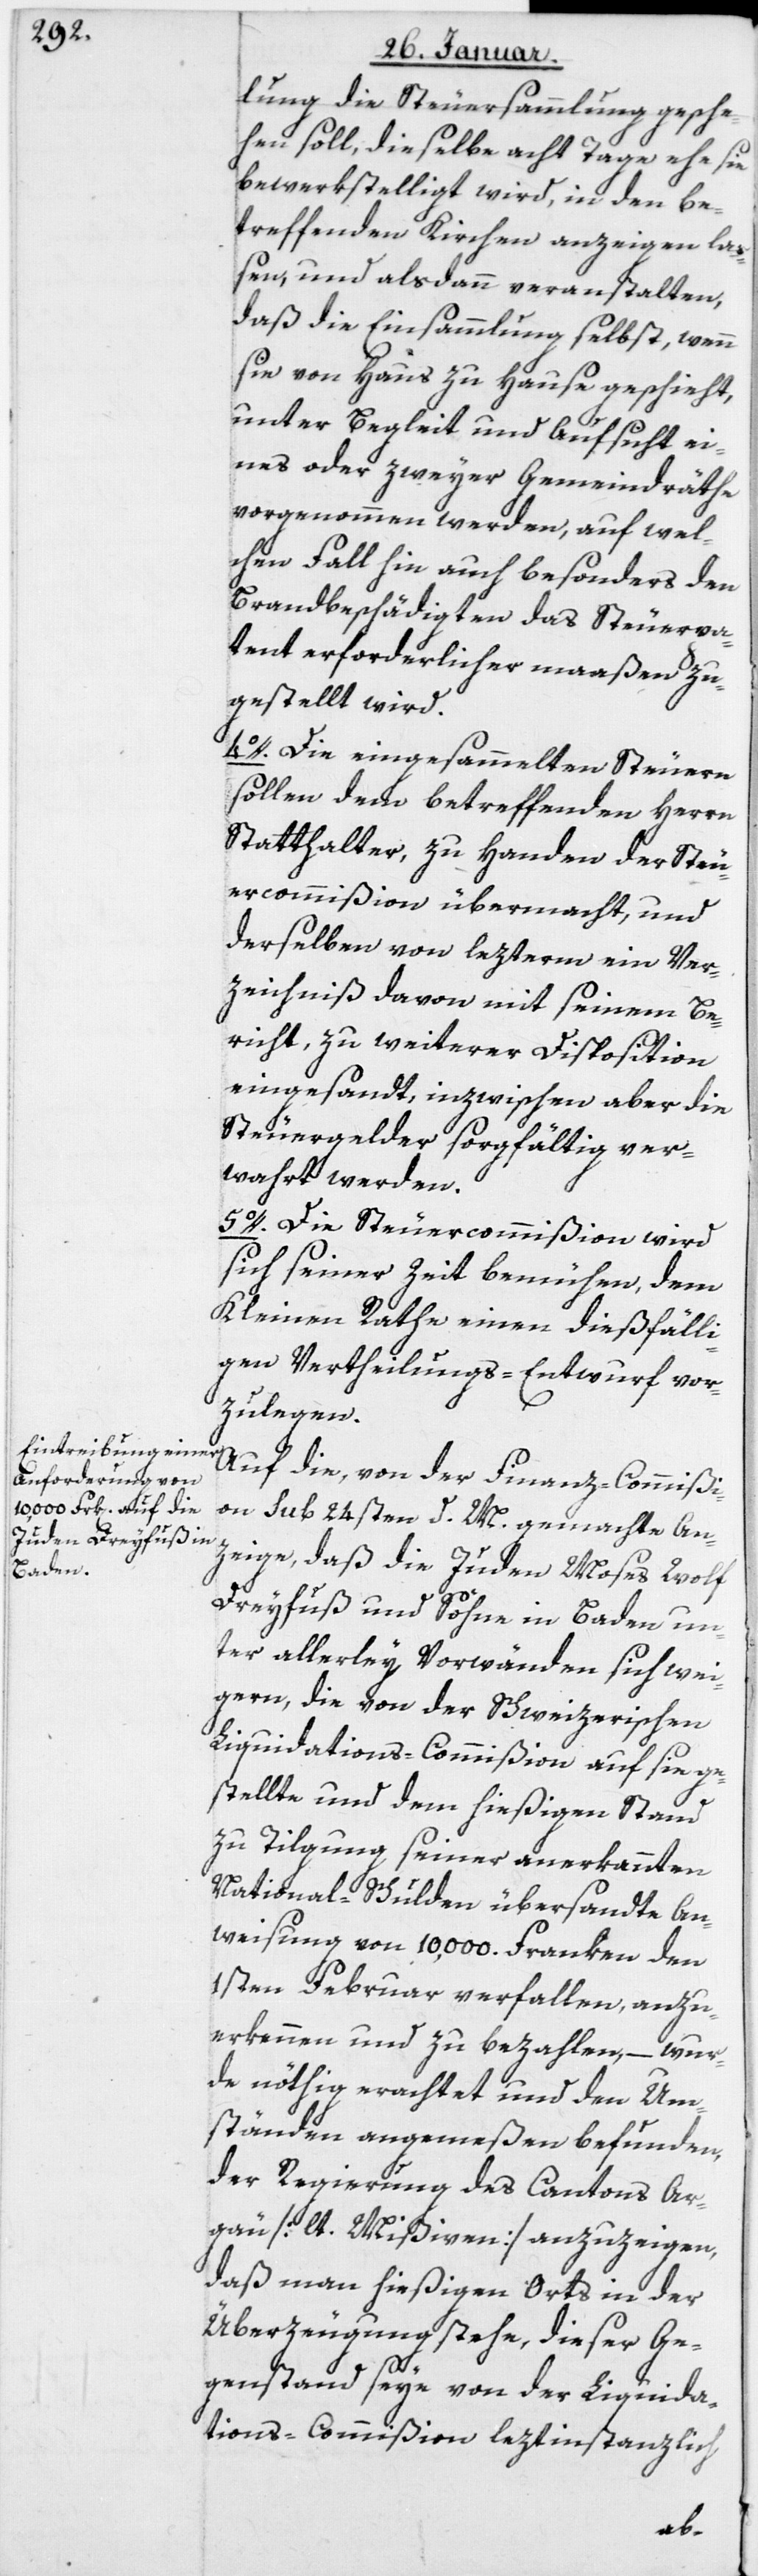
lung die Steuersammlung gesche¬
hen soll, dieselbe acht Tage ehe sie
bewerkstelliget wird, in den be¬
treffenden Kirchen anzeigen la¬
ßen, und alsdann veranstalten,
daß die Einsammlung selbst, wenn
sie von Haus zu Hause geschieht,
unter Begleit und Aufsicht ei¬
nes oder zweyer Gemeindräte
vorgenommen werden, auf wel¬
chen Fall hin auch besonders den
Brandbeschädigten das Steuerpa¬
tent erforderlicher maaßen zu¬
gestellt wird.
4. Die eingesammelten Steuern
sollen dem betreffenden Herrn
Statthalter, zu Handen der Steu¬
ercommißion übermacht, und
derselben von lezterm ein Ver¬
zeichniß davon mit seinem Be¬
richt, zu weiterer Disposition
eingesandt, inzwischen aber die
Steuergelder sorgfältig ver¬
wahrt werden.
5. Die Steuercommißion wird
sich seiner Zeit bemühen, dem
Kleinen Rathe einen dießfälli¬
gen Vertheilungs-Entwurf vor¬
zulegen.
Auf die von der Finanzcommißi¬
on Sub 24sten d. M. gemachte An¬
zeige, daß die Juden Moses Wolf
Dreyfuß und Söhne in Baden un¬
ter allerlei Vorwänden sich wei¬
gern, die von der Schweizerischen
Liquidations-Commißion auf sie ge¬
stellte und dem hießigen Stand
zu Tilgung seiner anerkannten
National-Schulden übersandte An¬
weisung von 10'000 Franken den
1sten Februar verfallen, anzu¬
erkennen und zu bezahlen, – wur¬
de nöthig erachtet und den Um¬
ständen angemeßen befunden,
der Regierung des Cantons Ar¬
gau [lt. Mißiven] anzuzeigen,
daß man hießigen Orts in der
Überzeugung stehe, dieser Ge¬
genstand seye von der Liquida¬
tions-Commißion leztinstanzlich